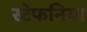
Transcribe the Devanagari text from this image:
स्टेफनिया